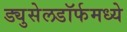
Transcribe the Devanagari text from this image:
ड्युसेलडॉर्फमध्ये